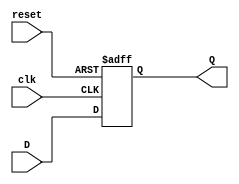
module FlipFloptipoD3Bits(input wire [2:0] D, input wire clk, input wire reset, output [2:0] Q);\nreg Q;\n    always @(posedge clk or posedge reset)\n        if(reset)\n            Q <= 3'b000;\n    else begin\n            Q <= D; \n    end\n    \nendmodule
module Timer (input wire ENABLE, output reg TIME);\n    always @ (ENABLE) begin\n        if (ENABLE == 0) begin\n            TIME = 0;\n        end while(ENABLE) begin\n            TIME = 0;\n            #5 TIME = 1;\n            #5 TIME = 0;\n        end\n        \n    end\nendmodule
module Timer2 (input wire ENABLE1, output reg TIME2);\n    always @ (ENABLE1) begin\n        if (ENABLE1 == 0) begin\n            TIME2 = 0 ;\n        end while(ENABLE1) begin\n            TIME2 = 0;\n            #3 TIME2 = 1 ;\n            #3 TIME2 = 0 ;\n        end\n\n    end\nendmodule
module FSM_BIENVENIDA (input wire clk, reset, output wire [2:0]F, output wire [2:0]A, input wire ON, input wire CONT, input wire TIME, input wire [1:0]SELE, output wire [2:0]MENU, output wire ENABLE);\n\n    FlipFloptipoD3Bits U1(F, clk, reset, A); \n\n    assign F[2]    = (~A[2] & A[1] & ~A[0] & SELE[1]) | (~A[2] & A[1] & ~A[0] & SELE[0]);\n    assign F[1]    = (~A[2] & ~A[1] & A[0] & CONT) | (~A[2] & A[1] & ~A[0] & SELE[1] & SELE[0]) | (~A[2] & A[1] & ~A[0] & ~SELE[1] & ~SELE[0]);\n    assign F[0]    = (~A[2] & ~A[1] & ~A[0] & ON) | (~A[2] & ~A[1] & A[0] & ~CONT & ~TIME) | (~A[2] & A[1] & ~A[0] & SELE[1] & ~SELE[0]);\n    assign MENU[2] = (A[2] & ~A[1] & ~A[0]);\n    assign MENU[1] = (A[2] & ~A[1] & A[0]);\n    assign MENU[0] = (A[2] & A[1] & ~A[0]);\n    assign ENABLE  = (~A[2] & ~A[1] & A[0]);\n\nendmodule
module FSM_MENU1 (input wire clk, reset, output wire [2:0]Fm1, output wire [2:0]Am1, input wire [2:0]MENU, input wire CONTm1, input wire TIME, input wire [2:0]SELEm1, output wire [3:0]OP, output wire ENABLE);\n\n    FlipFloptipoD3Bits U2 (Fm1, clk, reset, Am1);\n    \n    assign Fm1[2]    = (~Am1[2] & Am1[1] & ~Am1[0] & ~SELEm1[2] & SELEm1[1]) | (~Am1[2] & Am1[1] & ~Am1[0] & SELEm1[2] & ~SELEm1[1] & ~SELEm1[0]);\n    assign Fm1[1]    = (~Am1[2] & ~Am1[1] & Am1[0] & CONTm1) | (~Am1[2] & Am1[1] & ~Am1[0] & ~SELEm1[1]) | (~Am1[2] & Am1[1] & ~Am1[0] & SELEm1[2] & ~SELEm1[0]);\n    assign Fm1[0]    = (~Am1[2] & ~Am1[1] & Am1[0] & ~CONTm1 & ~TIME) | (~Am1[2] & Am1[1] & ~Am1[0] & ~SELEm1[2] & SELEm1[0]) | (~Am1[2] & Am1[1] & ~Am1[0] & SELEm1[1] & SELEm1[0]) | (~Am1[2] & ~Am1[1] & ~Am1[0] & MENU[2] & ~MENU[1] & ~MENU[0]);\n    assign OP[3]     = (~Am1[2] & Am1[1] & Am1[0]);\n    assign OP[2]     = (Am1[2] & ~Am1[1] & ~Am1[0]);\n    assign OP[1]     = (Am1[2] & ~Am1[1] & Am1[0]);\n    assign OP[0]     = (Am1[2] & Am1[1] & ~Am1[0]);\n    assign ENABLE    = (~Am1[2] & ~Am1[1] & Am1[0]);\n\nendmodule
module FSM_MENU2 (input wire clk, reset, output wire [2:0]Fm2, output wire [2:0]Am2, input wire [3:0]OP, input wire CONTm2, input wire TIME, input wire [2:0]SELEm2, output wire [3:0]G, output wire ENABLE);\n\n    FlipFloptipoD3Bits U3 (Fm2, clk, reset, Am2);\n\n    assign Fm2[2]  = (~Am2[2] & Am2[1] & ~Am2[0] & ~SELEm2[2] & SELEm2[1]) | (~Am2[2] & Am2[1] & ~Am2[0] & SELEm2[2] & ~SELEm2[1] & ~SELEm2[0]);\n    assign Fm2[1]  = (~Am2[2] & ~Am2[1] & Am2[0] & CONTm2) | (~Am2[2] & Am2[1] & ~Am2[0] & ~SELEm2[1]) | (~Am2[2] & Am2[1] & ~Am2[0] & SELEm2[2] & ~SELEm2[0]);\n    assign Fm2[0]  = (~Am2[2] & ~Am2[1] & Am2[0] & ~CONTm2 & ~TIME) | (~Am2[2] & Am2[1] & ~Am2[0] & ~SELEm2[2] & SELEm2[0]) | (~Am2[2] & Am2[1] & ~Am2[0] & SELEm2[1] & SELEm2[0]) | (~Am2[2] & ~Am2[1] & ~Am2[0] & ~OP[3] & ~OP[2] & ~OP[1] & OP[0]) | (~Am2[2] & ~Am2[1] & ~Am2[0] & ~OP[3] & ~OP[2] & OP[1] & ~OP[0]) | (~Am2[2] & ~Am2[1] & ~Am2[0] & ~OP[3] & OP[2] & ~OP[1] & ~OP[0]) | (~Am2[2] & ~Am2[1] & ~Am2[0] & OP[3] & ~OP[2] & ~OP[1] & ~OP[0]);\n    assign G[3]    = (~Am2[2] & Am2[1] & Am2[0]);\n    assign G[2]    = (Am2[2] & ~Am2[1] & ~Am2[0]);\n    assign G[1]    = (Am2[2] & ~Am2[1] & Am2[0]);\n    assign G[0]    = (Am2[2] & Am2[1] & ~Am2[0]);\n    assign ENABLE  = (~Am2[2] & ~Am2[1] & Am2[0]);\n\nendmodule
module FSM_MENU3 (input wire clk, reset, output wire [2:0]Fm3, output wire [2:0]Am3, input wire [3:0]G, input wire CONTm3, input wire TIME, input wire [2:0]SELEm3, output wire [3:0]B, output wire ENABLE);\n\n    FlipFloptipoD3Bits U4 (Fm3, clk, reset, Am3);\n\n    assign Fm3[2]  = (~Am3[2] & Am3[1] & ~Am3[0] & ~SELEm3[2] & SELEm3[1]) | (~Am3[2] & Am3[1] & ~Am3[0] & SELEm3[2] & ~SELEm3[1] & ~SELEm3[0]);\n    assign Fm3[1]  = (~Am3[2] & ~Am3[1] & Am3[0] & CONTm3) | (~Am3[2] & Am3[1] & ~Am3[0] & ~SELEm3[1]) | (~Am3[2] & Am3[1] & ~Am3[0] & SELEm3[2] & ~SELEm3[0]);\n    assign Fm3[0]  = (~Am3[2] & ~Am3[1] & Am3[0] & ~CONTm3 & ~TIME) | (~Am3[2] & Am3[1] & ~Am3[0] & ~SELEm3[2] & SELEm3[0]) | (~Am3[2] & Am3[1] & ~Am3[0] & SELEm3[1] & SELEm3[0]) | (~Am3[2] & ~Am3[1] & ~Am3[0] & ~G[3] & ~G[2] & ~G[1] & G[0]) | (~Am3[2] & ~Am3[1] & ~Am3[0] & ~G[3] & ~G[2] & G[1] & ~G[0]) | (~Am3[2] & ~Am3[1] & ~Am3[0] & ~G[3] & G[2] & ~G[1] & ~G[0]) | (~Am3[2] & ~Am3[1] & ~Am3[0] & G[3] & ~G[2] & ~G[1] & ~G[0]);\n    assign B[3]    = (~Am3[2] & Am3[1] & Am3[0]);\n    assign B[2]    = (Am3[2] & ~Am3[1] & ~Am3[0]);\n    assign B[1]    = (Am3[2] & ~Am3[1] & Am3[0]);\n    assign B[0]    = (Am3[2] & Am3[1] & ~Am3[0]);\n    assign ENABLE  = (~Am3[2] & ~Am3[1] & Am3[0]);\n\nendmodule
module FSM_B1 (input wire clk, reset, output wire [2:0]FB1, output wire [2:0]AB1, input wire [3:0]B, input wire [1:0]SELEB1, output wire [1:0]SB1);\n\n    FlipFloptipoD3Bits U5 (FB1, clk, reset, AB1);\n\n    assign FB1[2]  = (0);\n    assign FB1[1]  = (~AB1[2] & ~AB1[1] & AB1[0] & ~SELEB1[1] & SELEB1[0]) | (~AB1[2] & ~AB1[1] & AB1[0] & SELEB1[1] & ~SELEB1[0]);\n    assign FB1[0]  = (~AB1[2] & ~AB1[1] & AB1[0] & SELEB1[1]) | (~AB1[2] & ~AB1[1] & AB1[0] & ~SELEB1[0]) | (~AB1[2] & ~AB1[1] & ~AB1[0] & B[3] & ~B[2] & ~B[1] & ~B[0]);\n    assign SB1[1] = (~AB1[2] & ~AB1[1] & AB1[0] & SELEB1[1] & ~SELEB1[0]);\n    assign SB1[0] = (~AB1[2] & ~AB1[1] & AB1[0] & ~SELEB1[1] & SELEB1[0]);\n    \nendmodule
module FSM_B2 (input wire clk, reset, output wire [2:0]FB2, output wire [2:0]AB2, input wire [3:0]B, input wire [1:0]SELEB2, output wire [1:0]SB2);\n\n    FlipFloptipoD3Bits U6 (FB2, clk, reset, AB2);\n\n    assign FB2[2]  = (0);\n    assign FB2[1]  = (~AB2[2] & ~AB2[1] & AB2[0] & ~SELEB2[1] & SELEB2[0]) | (~AB2[2] & ~AB2[1] & AB2[0] & SELEB2[1] & ~SELEB2[0]);\n    assign FB2[0]  = (~AB2[2] & ~AB2[1] & AB2[0] & SELEB2[1]) | (~AB2[2] & ~AB2[1] & AB2[0] & ~SELEB2[0]) | (~AB2[2] & ~AB2[1] & ~AB2[0] & ~B[3] & B[2] & ~B[1] & ~B[0]);\n    assign SB2[1] = (~AB2[2] & ~AB2[1] & AB2[0] & SELEB2[1] & ~SELEB2[0]);\n    assign SB2[0] = (~AB2[2] & ~AB2[1] & AB2[0] & ~SELEB2[1] & SELEB2[0]);\n\nendmodule
module FSM_B3 (input wire clk, reset, output wire [2:0]FB3, output wire [2:0]AB3, input wire [3:0]B, input wire [1:0]SELEB3, output wire [1:0]SB3);\n\n    FlipFloptipoD3Bits U7 (FB3, clk, reset, AB3);\n\n    assign FB3[2] = (0);\n    assign FB3[1] = (~AB3[2] & ~AB3[1] & AB3[0] & ~SELEB3[1] & SELEB3[0]) | (~AB3[2] & ~AB3[1] & AB3[0] & SELEB3[1] & ~SELEB3[0]);\n    assign FB3[0] = (~AB3[2] & ~AB3[1] & AB3[0] & SELEB3[1]) | (~AB3[2] & ~AB3[1] & AB3[0] & ~SELEB3[0]) | (~AB3[2] & ~AB3[1] & ~AB3[0] & ~B[3] & ~B[2] & B[1] & ~B[0]);\n    assign SB3[1] = (~AB3[2] & ~AB3[1] & AB3[0] & SELEB3[1] & ~SELEB3[0]);\n    assign SB3[0] = (~AB3[2] & ~AB3[1] & AB3[0] & ~SELEB3[1] & SELEB3[0]);\n\nendmodule
module FSM_B4 (input wire clk, reset, output wire [2:0]FB4, output wire [2:0]AB4, input wire [3:0]B, input wire [1:0]SELEB4, output wire [1:0]SB4);\n\n    FlipFloptipoD3Bits U8 (FB4, clk, reset, AB4);\n\n    assign FB4[2] = (0);\n    assign FB4[1] = (~AB4[2] & ~AB4[1] & AB4[0] & ~SELEB4[1] & SELEB4[0]) | (~AB4[2] & ~AB4[1] & AB4[0] & SELEB4[1] & ~SELEB4[0]);\n    assign FB4[0] = (~AB4[2] & ~AB4[1] & AB4[0] & SELEB4[1]) | (~AB4[2] & ~AB4[1] & AB4[0] & ~SELEB4[0]) | (~AB4[2] & ~AB4[1] & ~AB4[0] & ~B[3] & ~B[3] & ~B[1] & B[0]);\n    assign SB4[1] = (~AB4[2] & ~AB4[1] & AB4[0] & SELEB4[1] & ~SELEB4[0]);\n    assign SB4[0] = (~AB4[2] & ~AB4[1] & AB4[0] & ~SELEB4[1] & SELEB4[0]);\n\nendmodule
module FSM_LLENADOB1(input wire clk, reset, output wire [2:0]FF1, output wire [2:0]AF1, input wire TIME, input wire TIME2, input wire [1:0]SB1, input wire M1, output wire DONE, output wire ENABLE1);\n\n    FlipFloptipoD3Bits U9 (FF1, clk, reset, AF1);\n\n    assign FF1[2] = (AF1[2] & ~AF1[1] & ~AF1[0]) | (~AF1[2] & AF1[1] & ~AF1[0] & M1) | (~AF1[2] & AF1[1] & AF1[0] & TIME);\n    assign FF1[1] = (~AF1[2] & ~AF1[1] & AF1[0] & M1) | (~AF1[2] & AF1[1] & ~AF1[0] & ~M1) | (~AF1[2] & AF1[1] & AF1[0] & ~TIME) | (~AF1[2] & ~AF1[1] & ~AF1[0] & SB1[1] & ~SB1[0]);\n    assign FF1[0] = (~AF1[2] & AF1[0]) | (~AF1[2] & ~AF1[1] & ~SB1[1] & SB1[0]) | (AF1[2] & ~AF1[1] & ~AF1[0] & TIME2);\n    assign DONE   = (~AF1[2] & AF1[1] & AF1[0] & TIME) | (AF1[2] & ~AF1[1] & ~AF1[0] & TIME2);\n    assign ENABLE1 = (~AF1[2] & AF1[1] & AF1[0]) | (AF1[2] & ~AF1[1] & ~AF1[0]);\n\nendmodule